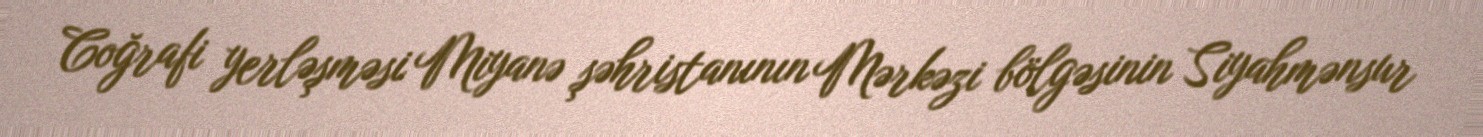
Coğrafi yerləşməsi Miyanə şəhristanının Mərkəzi bölgəsinin Siyahmənsur